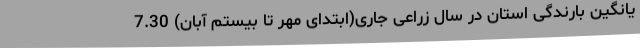
یانگین بارندگی استان در سال زراعی جاری(ابتدای مهر تا بیستم آبان) 7.30